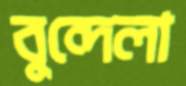
বুন্দেলা